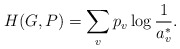
\begin{align*}H(G,P) = \sum_vp_v\log\frac{1}{a^*_v}.\end{align*}